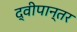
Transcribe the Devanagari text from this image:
द्वीपान्तर